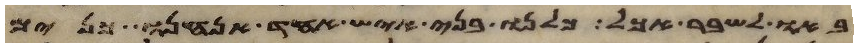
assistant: באו לשבר אכל כלנו בני איש אחד אנחנו כנים